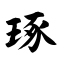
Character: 琢